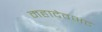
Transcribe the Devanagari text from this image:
महादेवभट